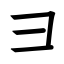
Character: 彐